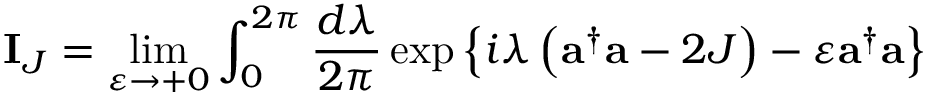
{ \bf I } _ { J } = \operatorname * { l i m } _ { \varepsilon \rightarrow + 0 } \int _ { 0 } ^ { 2 \pi } { \frac { d \lambda } { 2 \pi } } \exp \left\{ { i \lambda \left( { { \bf a } ^ { \dagger } { \bf a } - 2 J } \right) - \varepsilon { \bf a } ^ { \dagger } { \bf a } } \right\}